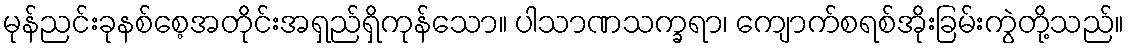
မုန်ညင်းခုနစ်စေ့အတိုင်းအရှည်ရှိကုန်သော။ ပါသာဏသက္ခရာ၊ ကျောက်စရစ်အိုးခြမ်းကွဲတို့သည်။